Lunatic asylums Punjab 1895-1910 - 1895-1910
Year: 1895
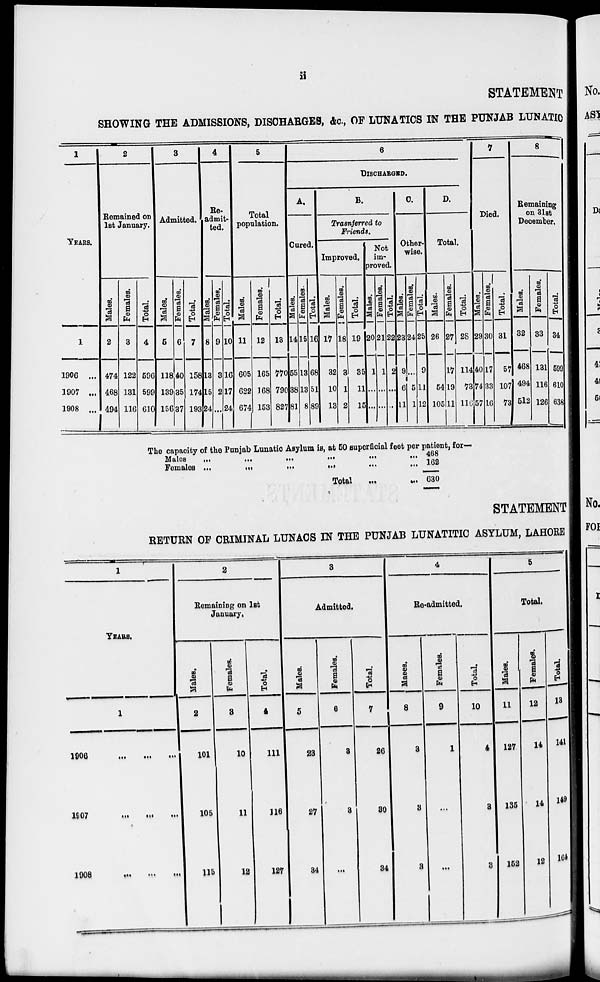
ii
STATEMENT
SHOWING THE ADMISSIONS, DISCHARGES, &c., OF LUNATICS IN THE PUNJAB LUNATIC
1
YEARS.
1
1906 ...
1907 ...
1908 ...
2
Remained on
1st January.
Males.
2
474
468
494
Females.
3
122
131
116
Total.
4
596
599
610
3
Admitted.
Males.
5
118
139
156
Females.
6
40
35
37
Total.
7
158
174
193
4
Re-
admit-
ted.
Males.
8
13
15
24
Females.
9
3
2
...
Total.
10
16
17
24
5
Total
population.
Males.
11
605
622
674
Females.
12
165
168
153
Total.
13
770
790
827
6
DISCHARGED.
A.
Oared.
Males.
14
55
38
81
Fe ma l
e s .
15
13
13
8
Tot al .
16
6
51
89
B.
Trasnferred to
Friends.
Improved.
Males.
17
32
10
13
Females.
18
3
1
2
Total.
19
35
11
15
Not
im-
proveb.
Males.
20
1
...
...
Females.
21
1
...
...
Total.
22
2
...
...
C.
Other-
wise.
Males.
23
9
6
11
Females.
24
...
5
1
Total.
25
9
11
12
D.
Total.
Males.
26
54
105
Females.
27
17
19
11
Total.
28
114
73
116
7
Died.
| Males.
29
40
74
57
Females.
30
17
33
16
Total.
31
57
107
73
8
Remaining
on 31st
December.
Males.
32
468
494
512
Females.
33
131
116
126
Total.
34
599
610
638
The capacity of the Punjab Lunatic Asylum is, at 50 superficial feet per patient, for-
Males ... ... ... ... ... ...
Females ... ... ... ... ... ...
Total
... ...
468
162
630
STATEMENT
RETURN OF CRIMINAL LUNACS IN THE PUNJAB LUNATITIC ASYLUM, LAHORE
1
YEARS.
1
1906
...
...
...
1907
...
...
...
1908 ... ... ...
2
Remaining on 1st
January.
Males.
2
101
105
115
Females.
8
10
11
12
Total.
4
111
116
127
3
Admitted.
Males.
5
23
27
34
Females.
6
3
3
...
Total.
7
26
30
34
4
Re-admitted.
Males.
8
3
3
3
Females.
9
1
...
...
Total.
10
4
3
3
5
Total.
Males.
11
127
135
152
Females.
12
14
14
12
Total.
13
141
149
164